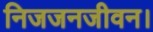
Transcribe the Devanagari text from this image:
निजजनजीवन।